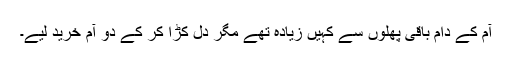
آم کے دام باقی پھلوں سے کہیں زیادہ تھے مگر دل کڑا کر کے دو آم خرید لیے۔